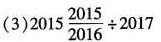
(3) $$2 0 1 5 \frac { 2 0 1 5 } { 2 0 1 6 } \div 2 0 1 7$$